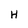
Character: H